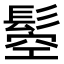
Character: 𩭴